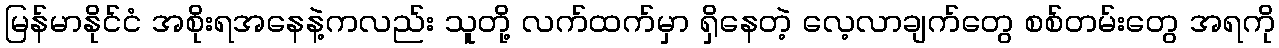
မြန်မာနိုင်ငံ အစိုးရအနေနဲ့ကလည်း သူတို့ လက်ထက်မှာ ရှိနေတဲ့ လေ့လာချက်တွေ စစ်တမ်းတွေ အရကို